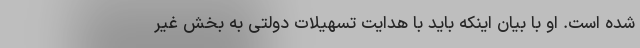
شده است. او با بیان اینکه باید با هدایت تسهیلات دولتی به بخش غیر